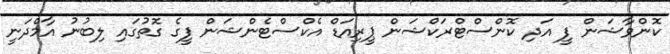
ކޮންވާޝަން ފީ އަދި ކޮންސްޓްރަކްޝަން ޕީރިއަޑް އެކްސްޓެންޝަން ފީގެ ގޮތުގައި ލިބުނު އާމްދަނީ